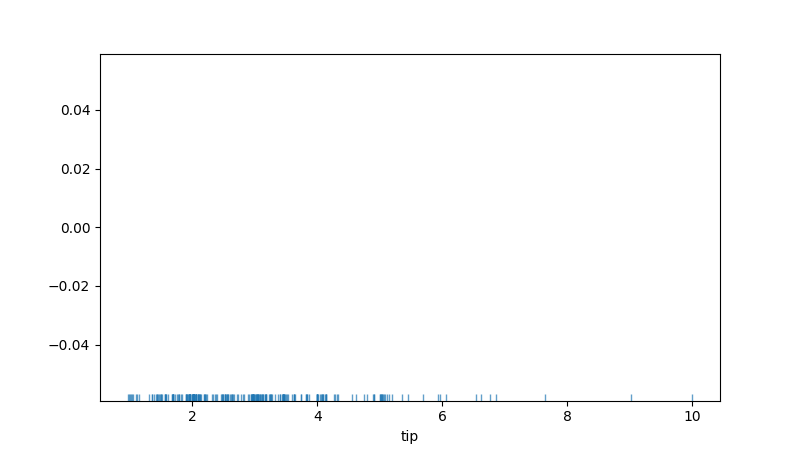
python, seaborn, rugplot, height=0.02, axis='x', alpha=0.7